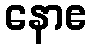
နောဧ